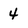
Character: 4